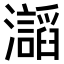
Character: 𤄅